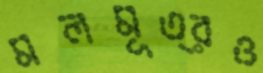
মলমূত্রও